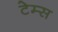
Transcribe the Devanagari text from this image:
टेम्‍स